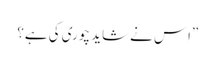
”اِس نے شاید چوری کی ہے؟